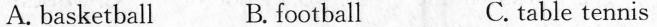
A.basketball B.football C.table tennis